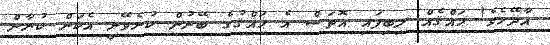
އާދޭހެވެ! ޙައްޤެއް ލިބިފައި އޮތަސް އެ ޙައްޤުގެ ބޭނުން ކުރެވޭނީ އެކަން ކުރާން